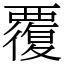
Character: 覆